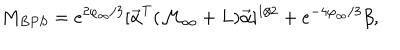
M _ { B P S } = e ^ { 2 \varphi _ { \infty } / 3 } [ { \vec { \alpha } } ^ { T } ( { \cal M } _ { \infty } + { L } ) { \vec { \alpha } } ] ^ { 1 / 2 } + e ^ { - 4 \varphi _ { \infty } / 3 } \beta ,